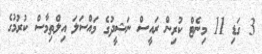
3 ގަޑި 11 މިނެޓް ކުރިން ރައީސް ނަޝީދުގެ މައްސަލަ އިލްތިމާސް ކުރުމުގެ